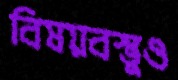
বিষয়বস্তুও